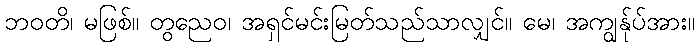
ဘဝတိ၊ မဖြစ်။ တွညေဝ၊ အရှင်မင်းမြတ်သည်သာလျှင်။ မေ၊ အကျွန်ုပ်အား။